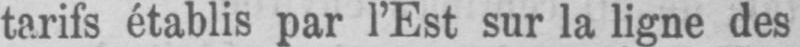
tarifs établis par l’Est sur la ligne des